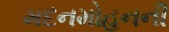
મદનમોહનની